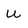
Character: u